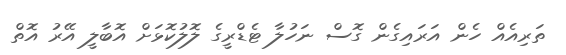
ތަރިއެއް ހެން އަރައިގެން ގޮސް ނަހުލާ ޓެޑްރީގެ ލޮލުކޮޅަށް އޮބާލީ އޭރު އޮތް